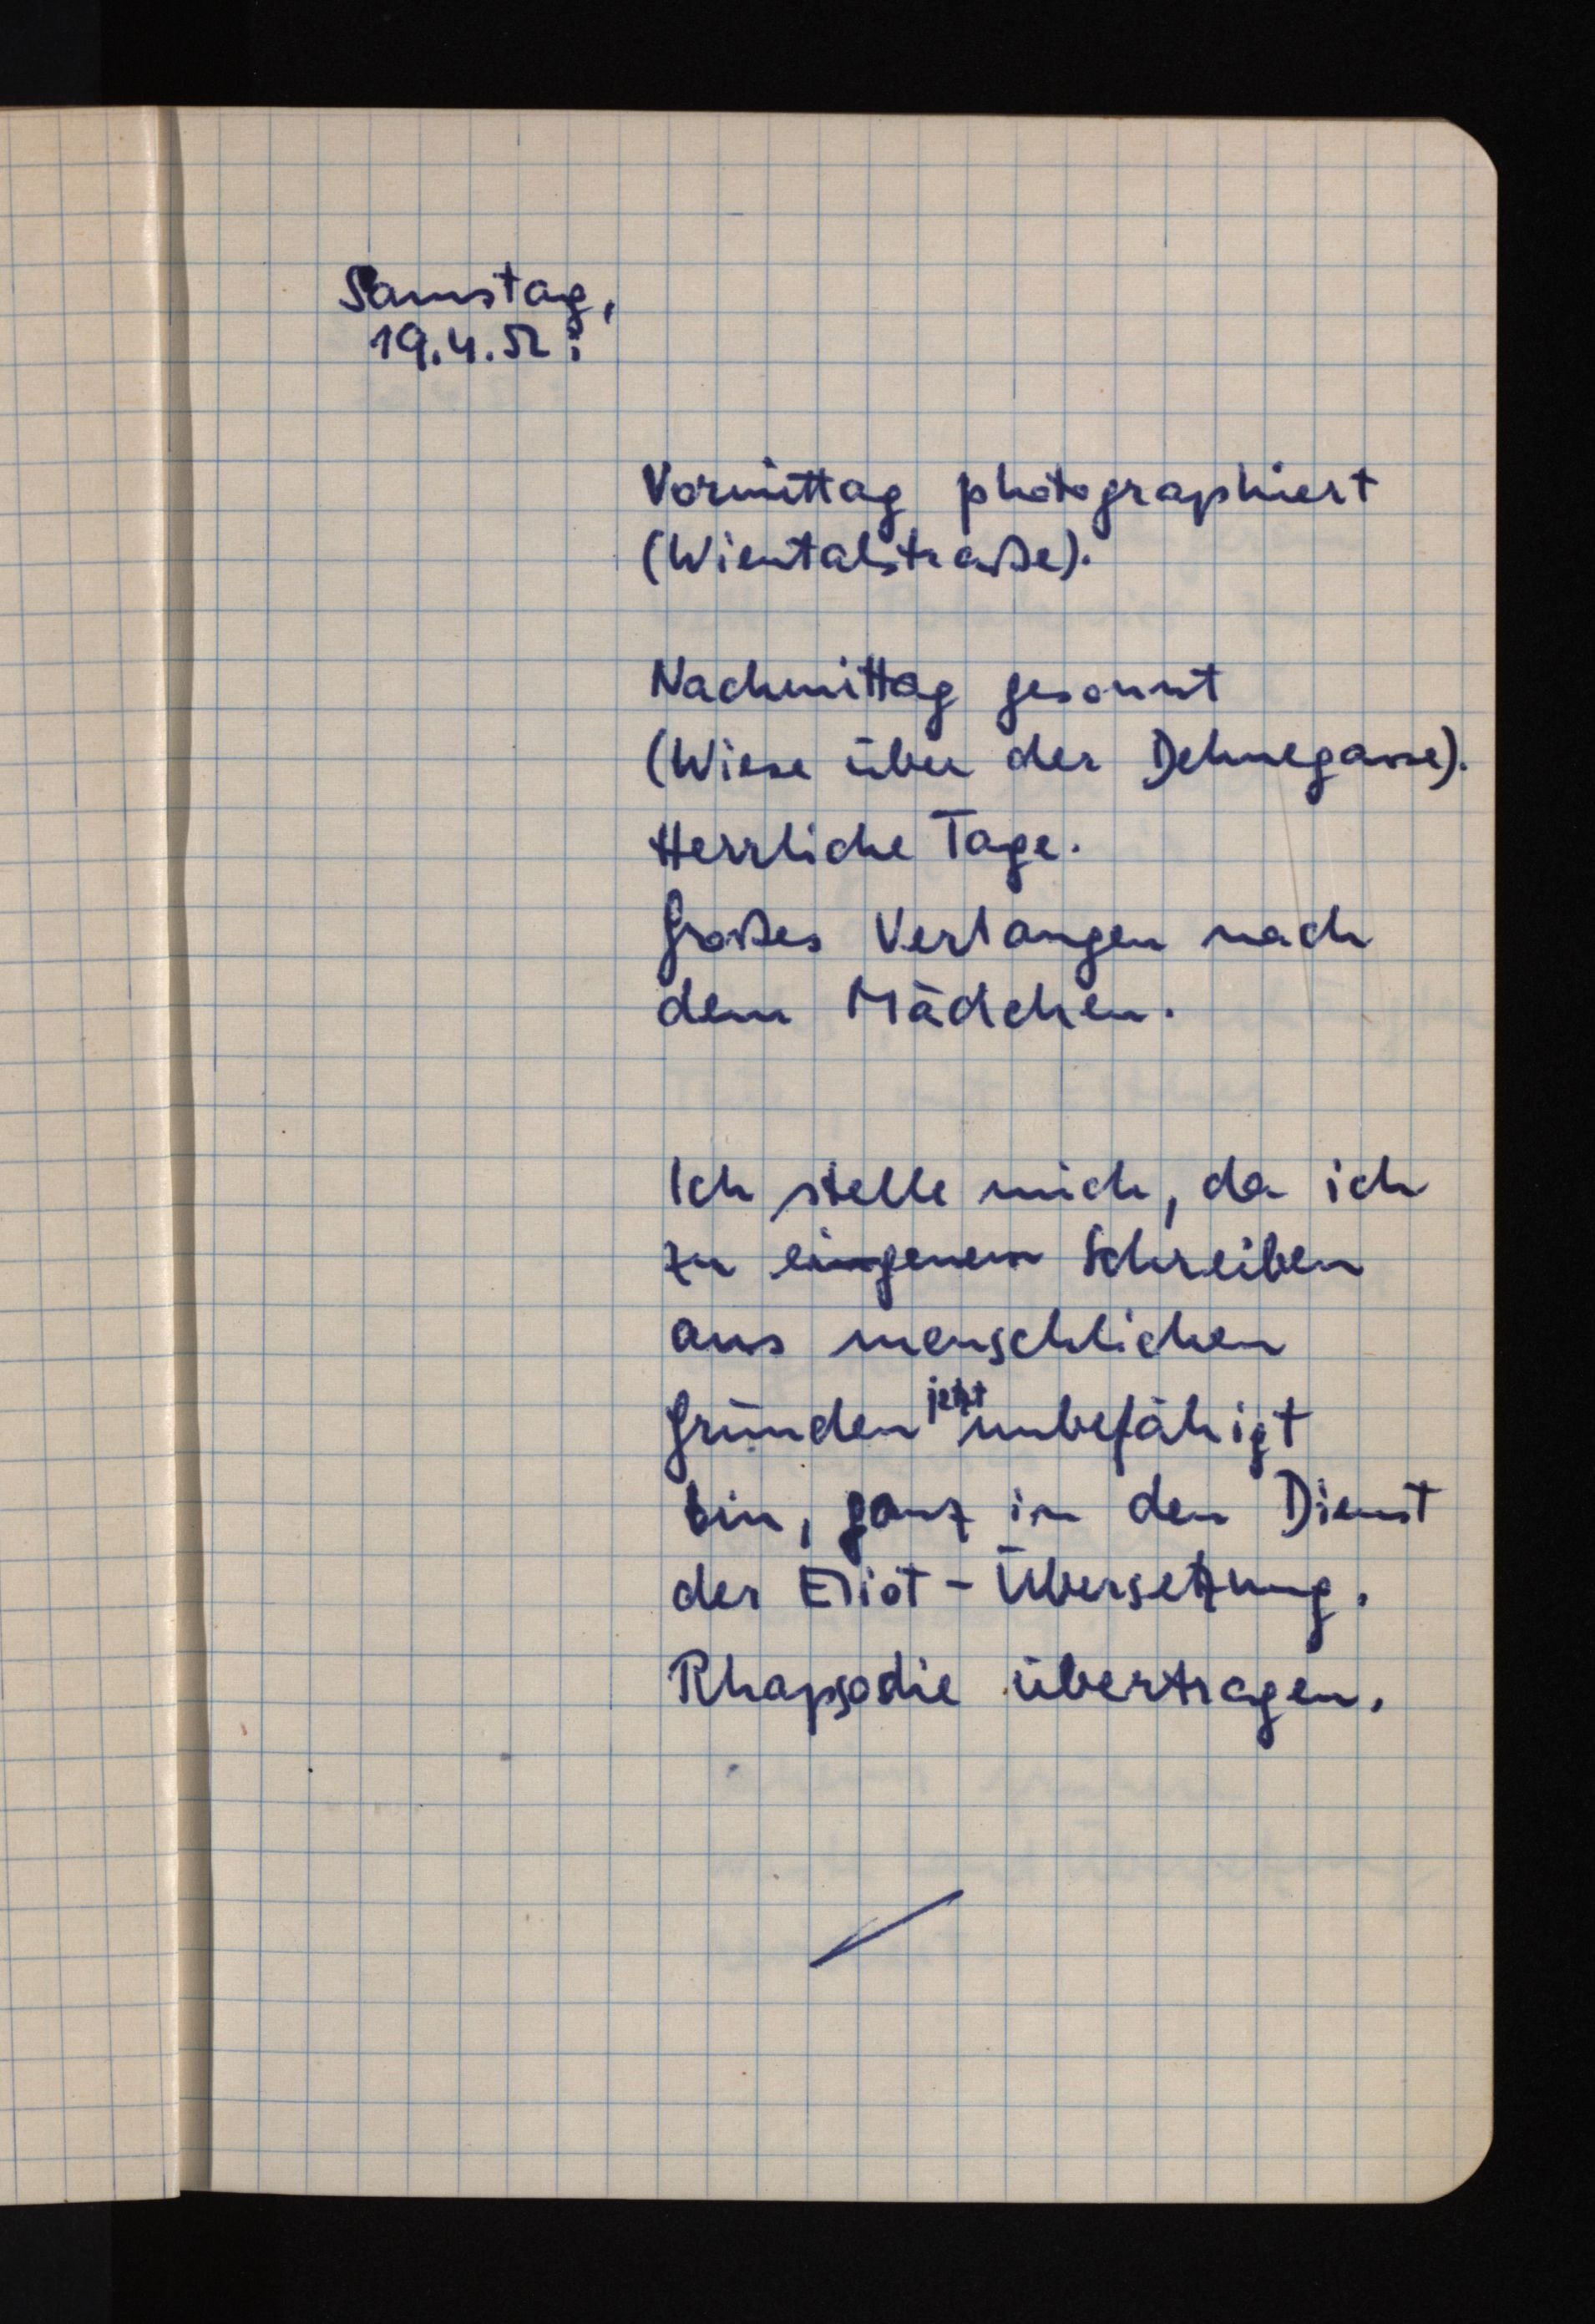
Samstag,
19.4.52:
Vormittag photographiert
(Wientalstraße).
Nachmittag gesonnt
(Wiese über der Dehnegasse).
Herrliche Tage.
Großes Verlangen nach
dem Mädchen.
Ich stelle mich, da ich
zu eingenem Schreiben
aus menschlichen
jetzt
Gründen unbefähigt
bin, ganz in den Dienst
der Eliot-Übersetzung.
Rhapsosdie übertragen.